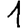
Digit: 1